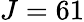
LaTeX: J=61